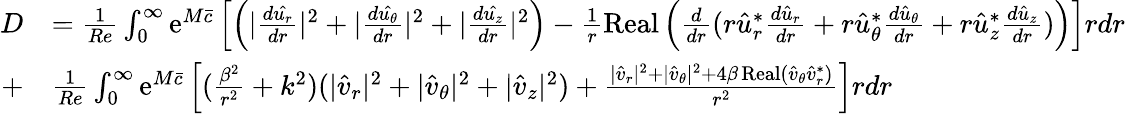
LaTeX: \begin{array}{rl}{D}&{=\frac{1}{Re}\int_{0}^{\infty}\mathrm{e}^{M\bar{c}}\left[\left(|\frac{d\hat{u_{r}}}{dr}|^{2}+|\frac{d\hat{u_{\theta}}}{dr}|^{2}+|\frac{d\hat{u_{z}}}{dr}|^{2}\right)-\frac{1}{r}\operatorname{Real}\left(\frac{d}{dr}(r\hat{u}_{r}^{*}\frac{d\hat{u}_{r}}{dr}+r\hat{u}_{\theta}^{*}\frac{d\hat{u}_{\theta}}{dr}+r\hat{u}_{z}^{*}\frac{d\hat{u}_{z}}{dr})\right)\right]rdr}\\ {+}&{\frac{1}{Re}\int_{0}^{\infty}\mathrm{e}^{M\bar{c}}\left[(\frac{\beta^{2}}{r^{2}}+k^{2})(|\hat{v}_{r}|^{2}+|\hat{v}_{\theta}|^{2}+|\hat{v}_{z}|^{2})+\frac{|\hat{v}_{r}|^{2}+|\hat{v}_{\theta}|^{2}+4\beta\operatorname{Real}(\hat{v}_{\theta}\hat{v}_{r}^{*})}{r^{2}}\right]rdr}\end{array}